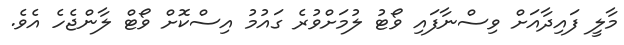
މާލީ ފައިދާއަށް ވިސްނާފައި ވޯޓު ލުމަށްވުރެ ގައުމު އިސްކޮށް ވޯޓް ލާންޖެހެ އެވެ.